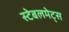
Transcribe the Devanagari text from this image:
स्टेबलमेट्स